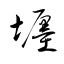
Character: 壥